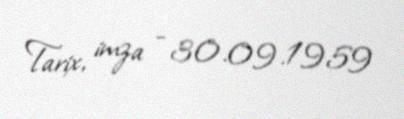
Tarix, imza - 30.09.1959